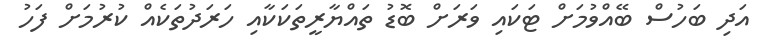
އަދި ބަހުސް ބޭއްވުމަށް ޓަކައި ވަރަށް ބޮޑު ތައްޔާރީތަކަކާއި ހަރަދުތަކެއް ކުރުމަށް ފަހު